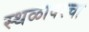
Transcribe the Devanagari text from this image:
स्थळावरचा